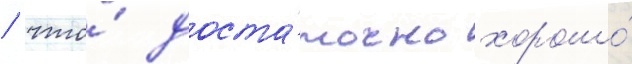
/ что́ доста́точно хорошо́